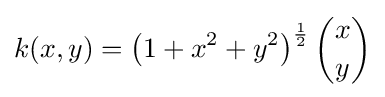
k(x,y)=\left(1+x^{2}+y^{2}\right)^{\frac {1}{2}}{\binom {x}{y}}